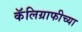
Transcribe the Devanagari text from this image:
कॅलिग्राफीच्या